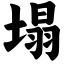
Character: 塌